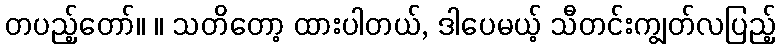
တပည့်တော်။ ။ သတိတော့ ထားပါတယ်, ဒါပေမယ့် သီတင်းကျွတ်လပြည့်